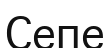
Сепе